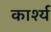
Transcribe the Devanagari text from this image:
कार्श्य